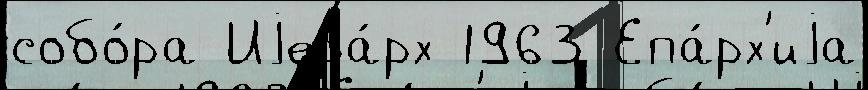
собо́ра Иjера́рх 1963 Епа́рх'иjа